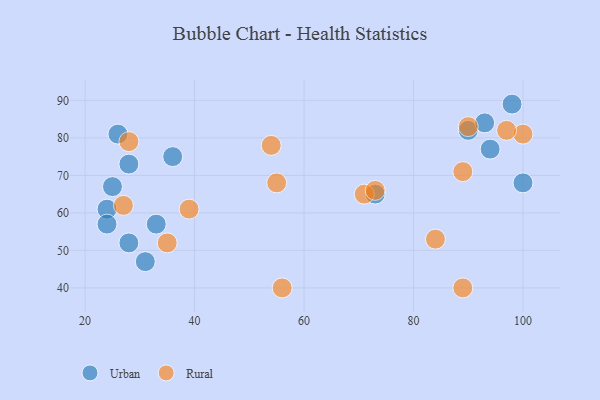
{"axis": {"x": "GDP", "y": "Life Expectancy"}, "legend": ["Rural", "Urban"], "data": [{"x": "24", "y": 61, "type": "Urban"}, {"x": "94", "y": 77, "type": "Urban"}, {"x": "100", "y": 68, "type": "Urban"}, {"x": "26", "y": 81, "type": "Urban"}, {"x": "90", "y": 82, "type": "Urban"}, {"x": "33", "y": 57, "type": "Urban"}, {"x": "31", "y": 47, "type": "Urban"}, {"x": "73", "y": 65, "type": "Urban"}, {"x": "28", "y": 73, "type": "Urban"}, {"x": "25", "y": 67, "type": "Urban"}, {"x": "28", "y": 52, "type": "Urban"}, {"x": "24", "y": 57, "type": "Urban"}, {"x": "93", "y": 84, "type": "Urban"}, {"x": "98", "y": 89, "type": "Urban"}, {"x": "36", "y": 75, "type": "Urban"}, {"x": "84", "y": 53, "type": "Rural"}, {"x": "55", "y": 68, "type": "Rural"}, {"x": "100", "y": 81, "type": "Rural"}, {"x": "89", "y": 71, "type": "Rural"}, {"x": "54", "y": 78, "type": "Rural"}, {"x": "39", "y": 61, "type": "Rural"}, {"x": "56", "y": 40, "type": "Rural"}, {"x": "35", "y": 52, "type": "Rural"}, {"x": "97", "y": 82, "type": "Rural"}, {"x": "89", "y": 40, "type": "Rural"}, {"x": "27", "y": 62, "type": "Rural"}, {"x": "71", "y": 65, "type": "Rural"}, {"x": "90", "y": 83, "type": "Rural"}, {"x": "28", "y": 79, "type": "Rural"}, {"x": "73", "y": 66, "type": "Rural"}]}